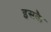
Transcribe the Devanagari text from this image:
इसकै